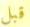
قبل